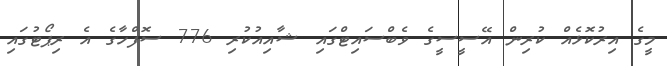
މީގެ އިރުކޮޅެއް ކުރިން އޭސީސީގެ ވެބްސައިޓްގައި ޝާއިއުކުރި 776 ސޮފްހާގެ އެ ރިޕޯޓުގައި